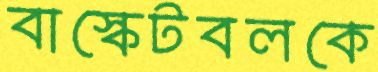
বাস্কেটবলকে